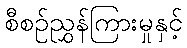
စီစဉ်ညွှန်ကြားမှုနှင့်